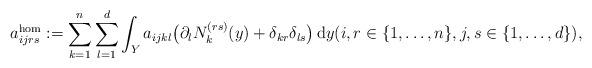
LaTeX: \begin{align*}a^{\textnormal{hom}}_{ijrs} := \sum_{k=1}^n \sum_{l=1}^d\int_Y a_{ijkl} \big( \partial_{l} N^{(rs)}_{k}(y) +\delta_{kr}\delta_{ls}\big)\, {\textnormal{d}}y ({i,r \in \{1,\ldots,n\}, j,s \in \{1,\ldots,d\}}),\end{align*}